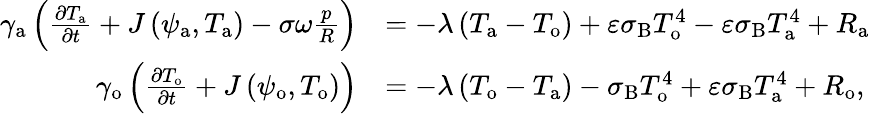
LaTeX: \begin{array}{rl}{\gamma_{\mathrm{a}}\left(\frac{\partial T_{\mathrm{a}}}{\partial t}+J\left(\psi_{\mathrm{a}},T_{\mathrm{a}}\right)-\sigma\omega\frac{p}{R}\right)}&{=-\lambda\left(T_{\mathrm{a}}-T_{\mathrm{o}}\right)+\varepsilon\sigma_{\mathrm{B}}T_{\mathrm{o}}^{4}-\varepsilon\sigma_{\mathrm{B}}T_{\mathrm{a}}^{4}+R_{\mathrm{a}}}\\ {\gamma_{\mathrm{o}}\left(\frac{\partial T_{\mathrm{o}}}{\partial t}+J\left(\psi_{\mathrm{o}},T_{\mathrm{o}}\right)\right)}&{=-\lambda\left(T_{\mathrm{o}}-T_{\mathrm{a}}\right)-\sigma_{\mathrm{B}}T_{\mathrm{o}}^{4}+\varepsilon\sigma_{\mathrm{B}}T_{\mathrm{a}}^{4}+R_{\mathrm{o}},}\end{array}